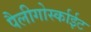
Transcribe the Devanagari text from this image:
पैलीगोर्स्काईट